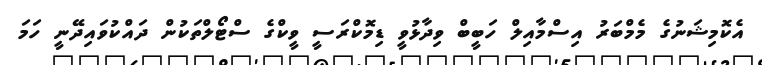
އެކޮމިޝަނުގެ މެމްބަރު އިސްމާއިލް ހަބީބް ވިދާޅުވީ ޑިމޮކްރަސީ ވީކްގެ ސްޓޯލްތަކުން ދައްކުވައިދޭނީ ހަމަ